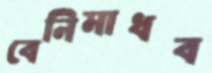
বেনিমাধব